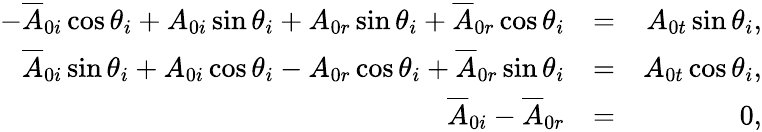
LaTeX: \begin{array}{rlr}{-\overline{{A}}_{0i}\cos\theta_{i}+A_{0i}\sin\theta_{i}+A_{0r}\sin\theta_{i}+\overline{{A}}_{0r}\cos\theta_{i}}&{=}&{A_{0t}\sin\theta_{i},}\\ {\overline{{A}}_{0i}\sin\theta_{i}+A_{0i}\cos\theta_{i}-A_{0r}\cos\theta_{i}+\overline{{A}}_{0r}\sin\theta_{i}}&{=}&{A_{0t}\cos\theta_{i},}\\ {\overline{{A}}_{0i}-\overline{{A}}_{0r}}&{=}&{0,}\end{array}